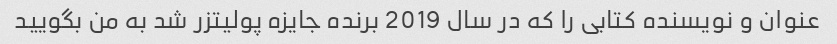
عنوان و نویسنده کتابی را که در سال 2019 برنده جایزه پولیتزر شد به من بگویید